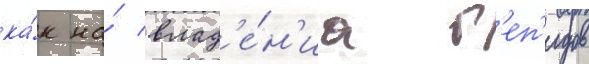
ка́к на́ влад'е́н'иа г'еп'идов